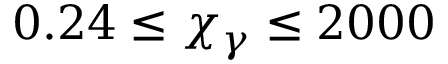
0 . 2 4 \leq \chi _ { \gamma } \leq 2 0 0 0